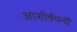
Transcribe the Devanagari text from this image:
आशीर्वचनों